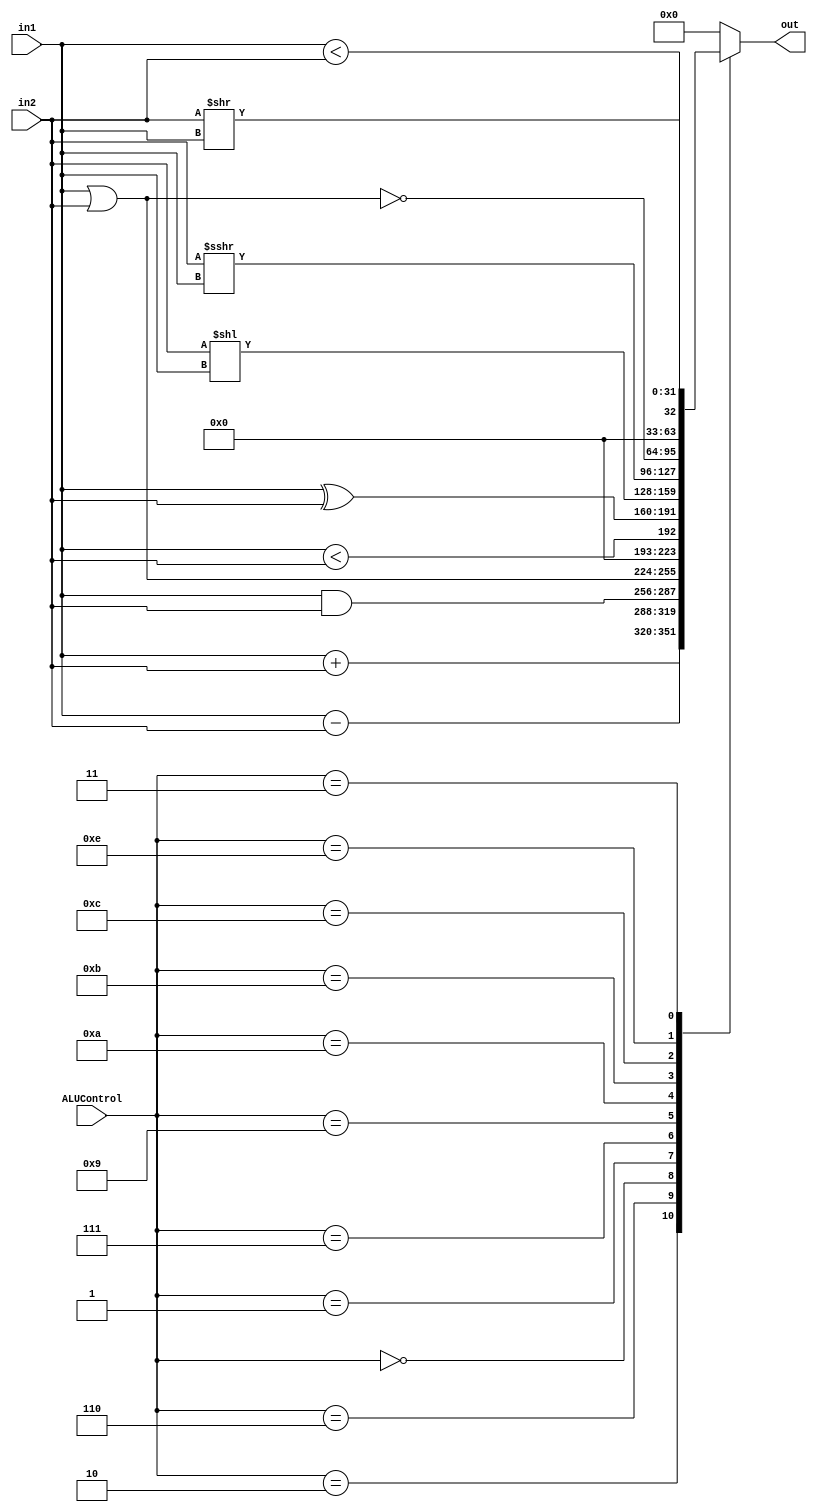
module ALU(
    in1,
    in2,
    out,
    ALUControl
);

input      [31:0]      in1, in2;
output reg [31:0]      out;
input      [3:0]       ALUControl;

always @(*) begin
    case (ALUControl)
        4'b0010: begin
            out = in1 + in2; // addu
        end 
        4'b0110: begin
            out = in1 - in2; // subu
        end
        4'b0000: begin
            out = in1 & in2; // and
        end
        4'b0001: begin
            out = in1 | in2; // or
        end
        4'b0111: begin
            out = ($signed(in1) < $signed(in2)); // slt
        end
        4'b1001: begin
            out = in1 ^ in2; // xor
        end
        4'b1010: begin
            out = in2 << in1; // sll
        end
        4'b1011: begin
            out = $signed(in2) >>> in1; // sra
        end
        4'b1100: begin
            out = ~(in1 | in2); // nor
        end
        4'b1110: begin
            out = (in1 < in2); // sltu
        end
        4'b0011: begin
            out = in2 >> in1; // srl
        end
        default: begin
            out = 0;
        end
    endcase
end

endmodule